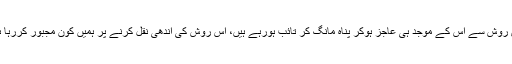
جس روش سے اس کے موجد ہی عاجز ہوکر پناہ مانگ کر تائب ہورہے ہیں، اس روش کی اندھی نقل کرنے پر ہمیں کون مجبور کررہا ہے؟